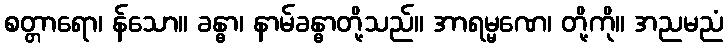
စတ္တာရော၊ န်သော။ ခန္ဓာ၊ နာမ်ခန္ဓာတို့သည်။ အာရမ္မဏေ၊ တို့ကို။ အညမညံ